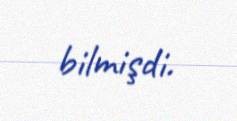
bilmişdi.